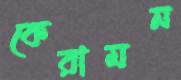
কেরামন